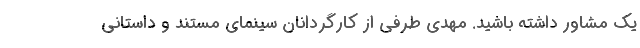
یک مشاور داشته باشید. مهدی طرفی از کارگردانان سینمای مستند و داستانی